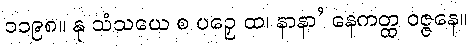
၁၁၉၈။ နု သံသယေ စ ပဉှေ ထ၊ နာနာ’ နေကတ္ထ ဝဇ္ဇနေ။